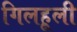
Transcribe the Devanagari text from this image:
गिलहूली